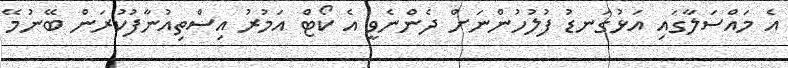
އެ މައްސަލާގައި އަޅުގަނޑު ފުލުހުންނަށް ދެންނެވީ އެ ކޯޓް އަމުރު އިސްތިއުނާފުކުރަން ބޭނުމޭ